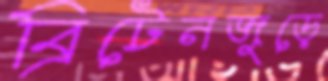
ব্রিটেনজুড়ে